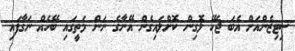
ސިޓިޒެންއަށް އެބަ ޖެހޭ ލޮގިން ކޮށްލައިގެން އޭނާގެ ނަން މަތީގައި ބޭހެއް ނަގާފައި